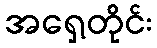
အရှေ့တိုင်း